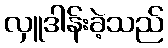
လှူဒါန်းခဲ့သည်